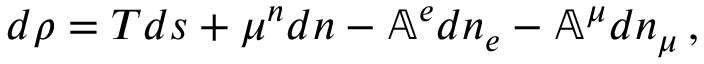
d \rho = T d s + \mu ^ { n } d n - \mathbb { A } ^ { e } d n _ { e } - \mathbb { A } ^ { \mu } d n _ { \mu } \, ,